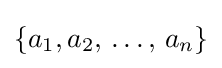
{\textstyle \left\{a_{1},a_{2},\,\ldots ,\,a_{n}\right\}}